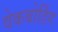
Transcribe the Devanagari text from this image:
वेकबोर्डिंग